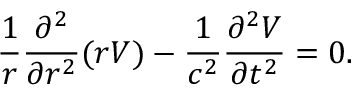
\frac { 1 } { r } \frac { \partial ^ { 2 } } { \partial r ^ { 2 } } ( r V ) - \frac { 1 } { c ^ { 2 } } \frac { \partial ^ { 2 } V } { \partial t ^ { 2 } } = 0 .